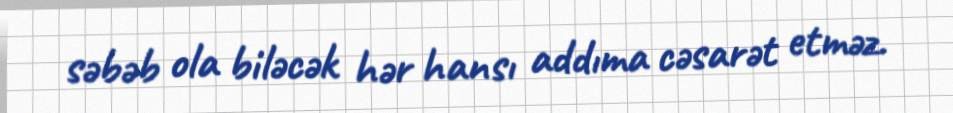
səbəb ola biləcək hər hansı addıma cəsarət etməz.